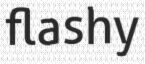
flashy